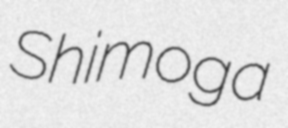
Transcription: Shimoga